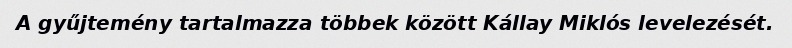
A gyűjtemény tartalmazza többek között Kállay Miklós levelezését.